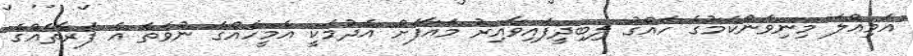
އަމިއްލަ މިނިވަންކަމުގެ ހައްގު ލިބިދީފައިވާއިރު މައާފަށް އެދުމަކީ އެމީހެއްގެ ނުވަތަ އެ ފަރާތެއްގެ